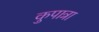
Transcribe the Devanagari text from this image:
कुपात्रा